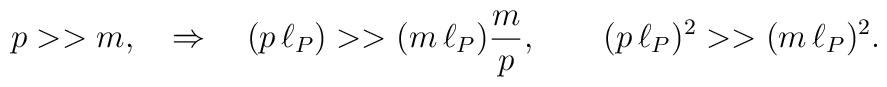
p >> m, \quad \Rightarrow\quad  (p\,\ell_P)>> (m\,\ell_P)\frac{m}{p}, \qquad (p\, \ell_P)^2 >> (m\,\ell_P)^2.